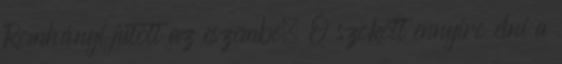
Romhányi jutott az eszembe. Ő szokott ennyire élni a